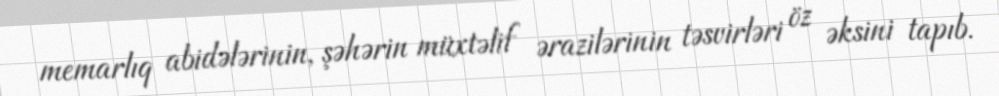
memarlıq abidələrinin, şəhərin müxtəlif ərazilərinin təsvirləri öz əksini tapıb.